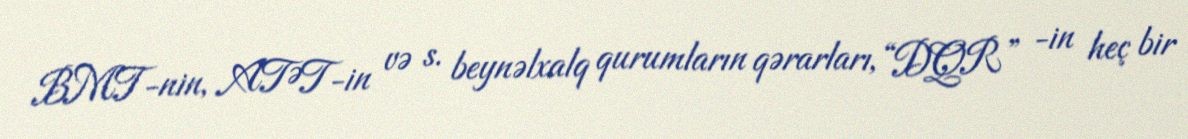
BMT-nin, ATƏT-in və s. beynəlxalq qurumların qərarları, “DQR” -in heç bir